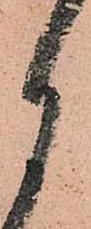
月